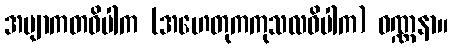
အဗျာကတဝိပါက (အဟေတုကကုသလဝိပါက) ဝဏ္ဏနာ။